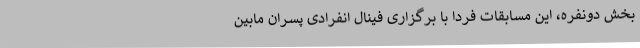
بخش دونفره، این مسابقات فردا با برگزاری فینال انفرادی پسران مابین